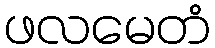
ဖလမေတံ